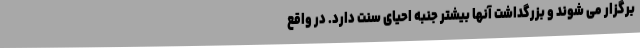
برگزار می شوند و بزرگداشت آنها بیشتر جنبه احیای سنت دارد. در واقع